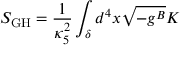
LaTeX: S _ { \mathrm { G H } } = \frac { 1 } { \kappa _ { 5 } ^ { 2 } } \int _ { \delta } d ^ { 4 } x \sqrt { - g ^ { B } } K